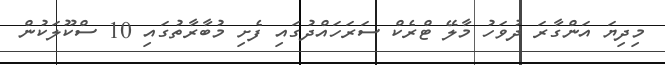
މިދިޔަ އަންގާރަ ދުވަހު މާލޭ ޓްރެކް ސަަރަހައްދުގައި ފެށި މުބާރާތުގައި 10 ސްކޫލަކުން